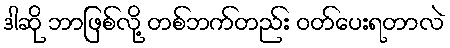
ဒါဆို ဘာဖြစ်လို့ တစ်ဘက်တည်း ဝတ်ပေးရတာလဲ